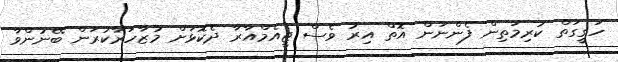
ހަގީގަތް ކުރިމަތިން ފެންނަން އޮތް އިރު ވެސް ޖީއެމްއާރާ ދެކޮޅަށް މުޒާހަރާކުރަން ބޭނުންވާ